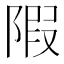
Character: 𨺽